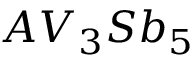
A V _ { 3 } S b _ { 5 }